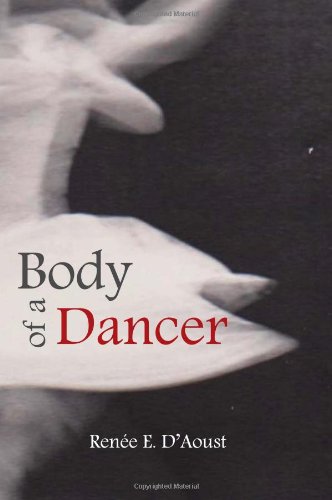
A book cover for Body of a Dancer; Renee D'Aoust; Biographies & Memoirs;